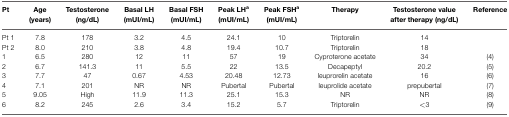
| Pt | Age (years) | Testosterone (ng/dL) | Basal LH (mUI/mL) | Basal FSH (mUI/mL) | Peak LHa (mUI/mL) | Peak FSHa (mUI/mL) | Therapy | Testosterone value after therapy (ng/dL) | Reference |
 | --- | --- | --- | --- | --- | --- | --- | --- | --- | --- |
 | Pt 1 | 7.8 | 178 | 3.2 | 4.5 | 24.1 | 10 | Triptorelin | 14 |  |
 | Pt 2 | 8.0 | 210 | 3.8 | 4.8 | 19.4 | 10.7 | Triptorelin | 18 |  |
 | 1 | 6.5 | 280 | 12 | 11 | 57 | 19 | Cyproterone acetate | 34 | (4) |
 | 2 | 6.7 | 141.3 | 11 | 5.5 | 22 | 13.5 | Decapeptyl | 20.2 | (5) |
 | 3 | 7.7 | 47 | 0.67 | 4.53 | 20.48 | 12.73 | leuprorelin acetate | 16 | (6) |
 | 4 | 7.1 | 201 | NR | NR | Pubertal | Pubertal | leuprolide acetate | prepubertal | (7) |
 | 5 | 9.05 | High | 11.9 | 11.3 | 25.1 | 15.3 | NR | NR | (8) |
 | 6 | 8.2 | 245 | 2.6 | 3.4 | 15.2 | 5.7 | Triptorelin | <3 | (9) |